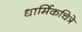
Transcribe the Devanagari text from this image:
धार्मिकचित्रे